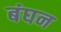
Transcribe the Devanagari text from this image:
बंघन